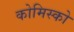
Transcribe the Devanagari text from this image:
कोमिस्को